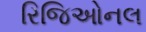
રિજિઓનલ